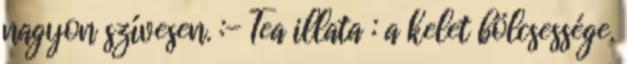
nagyon szívesen. :- Tea illata : a kelet bölcsessége.